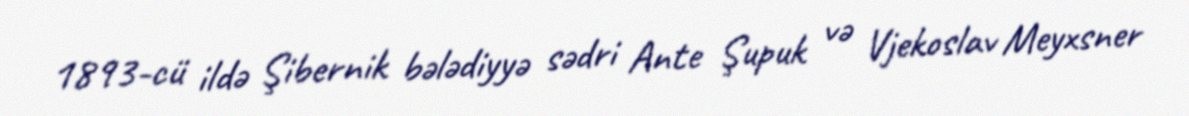
1893-cü ildə Şibernik bələdiyyə sədri Ante Şupuk və Vjekoslav Meyxsner